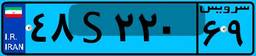
۱۶S۸۹۹۸۵